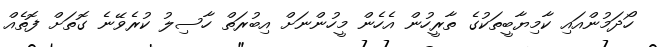
ހޯދަމުންއައި ކާމިޔާބީތަކުގެ ތާރީހުން އެހެން މީހުންނަށް އިބުރަތް ހާސިލު ކުރެވޭނެ ގޮތަށް ފޮތެއް